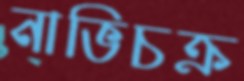
নাভিচক্র